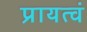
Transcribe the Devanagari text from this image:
प्रायत्वं